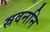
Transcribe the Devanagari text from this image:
स्रवननि